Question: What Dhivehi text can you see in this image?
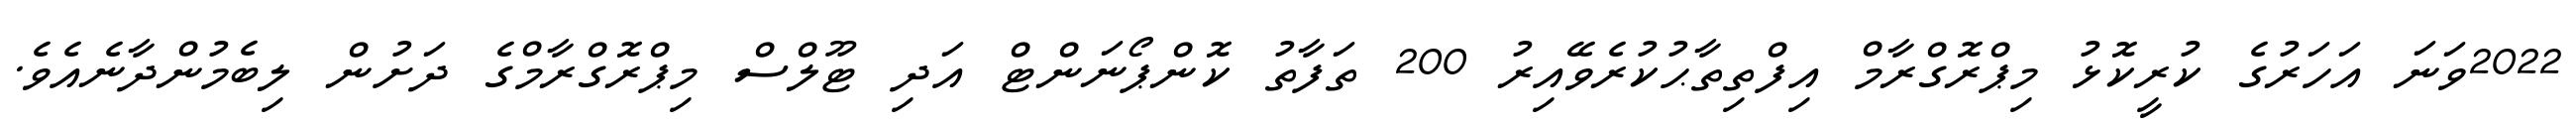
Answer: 2022ވަނަ އަހަރުގެ ކުރީކޮޅު މިޕްރޮގްރާމް އިފްތިތާޙުކުރެވޭއިރު 200 ތަފާތު ކޮންޕޯނަންޓް އަދި ޓޫލްސް މިޕްރޮގްރާމްގެ ދަށުން ލިބެމުންދާނެއެވެ.